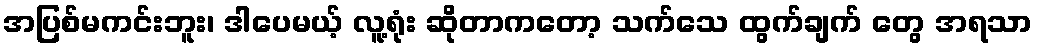
အပြစ်မကင်းဘူး၊ ဒါပေမယ့် လူ့ရုံး ဆိုတာကတော့ သက်သေ ထွက်ချက် တွေ အရသာ